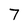
Character: 7